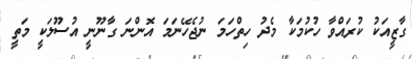
ގާޒީއަކު ކުރައްވާ ހުކުމަކާ މެދު ހިތްހަމަ ނުޖެހޭނަމަ އޮންނަ ގާނޫނީ އުސޫލަކީ މަތީ